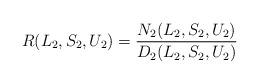
LaTeX: \begin{align*}R(L_2,S_2,U_2) = \frac{N_2(L_2,S_2,U_2)}{D_2(L_2,S_2,U_2)}\end{align*}